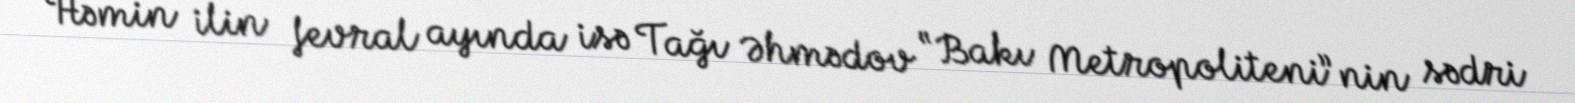
Həmin ilin fevral ayında isə Tağı Əhmədov “Bakı Metropoliteni”nin sədri